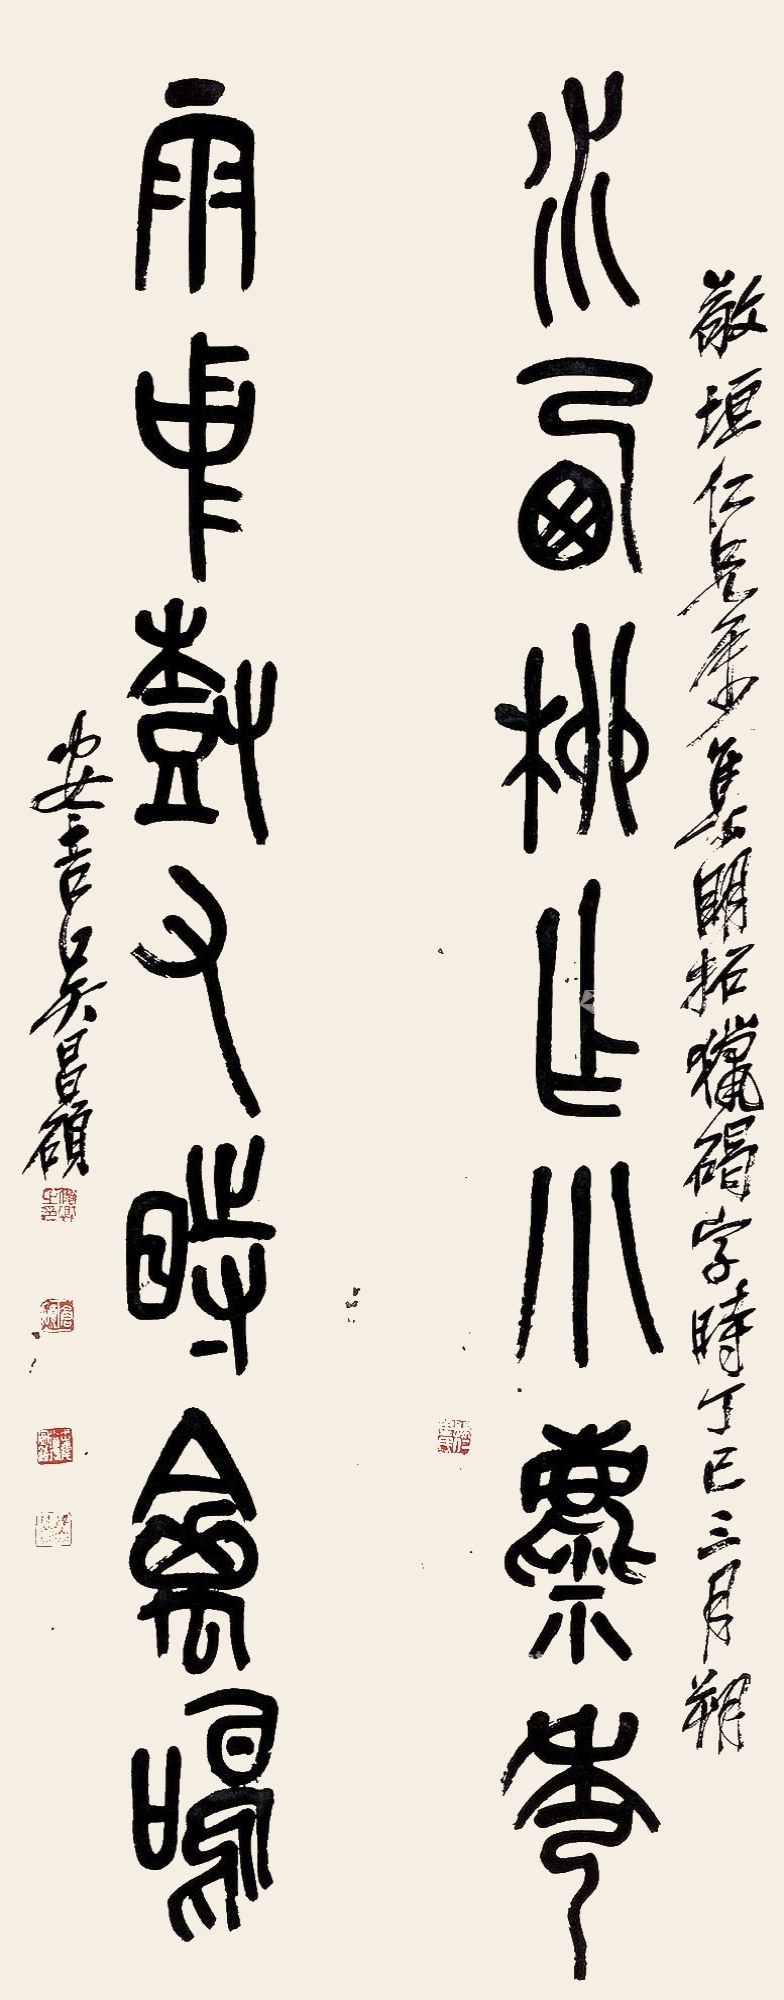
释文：水西柳作小麋秀，雨中树有时禽鸣。敬垣仁兄属，集明拓猎碣字。时丁巳三月朔，安吉吴昌硕。